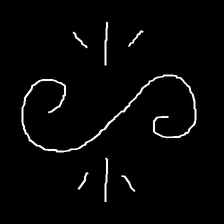
Glyph: wind-directs-air